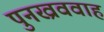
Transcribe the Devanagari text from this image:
पुनख्रववाह